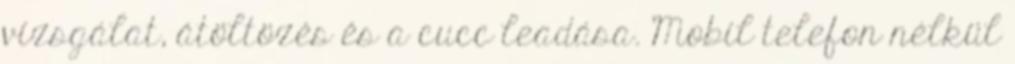
vizsgálat, átöltözés és a cucc leadása. Mobil telefon nélkül